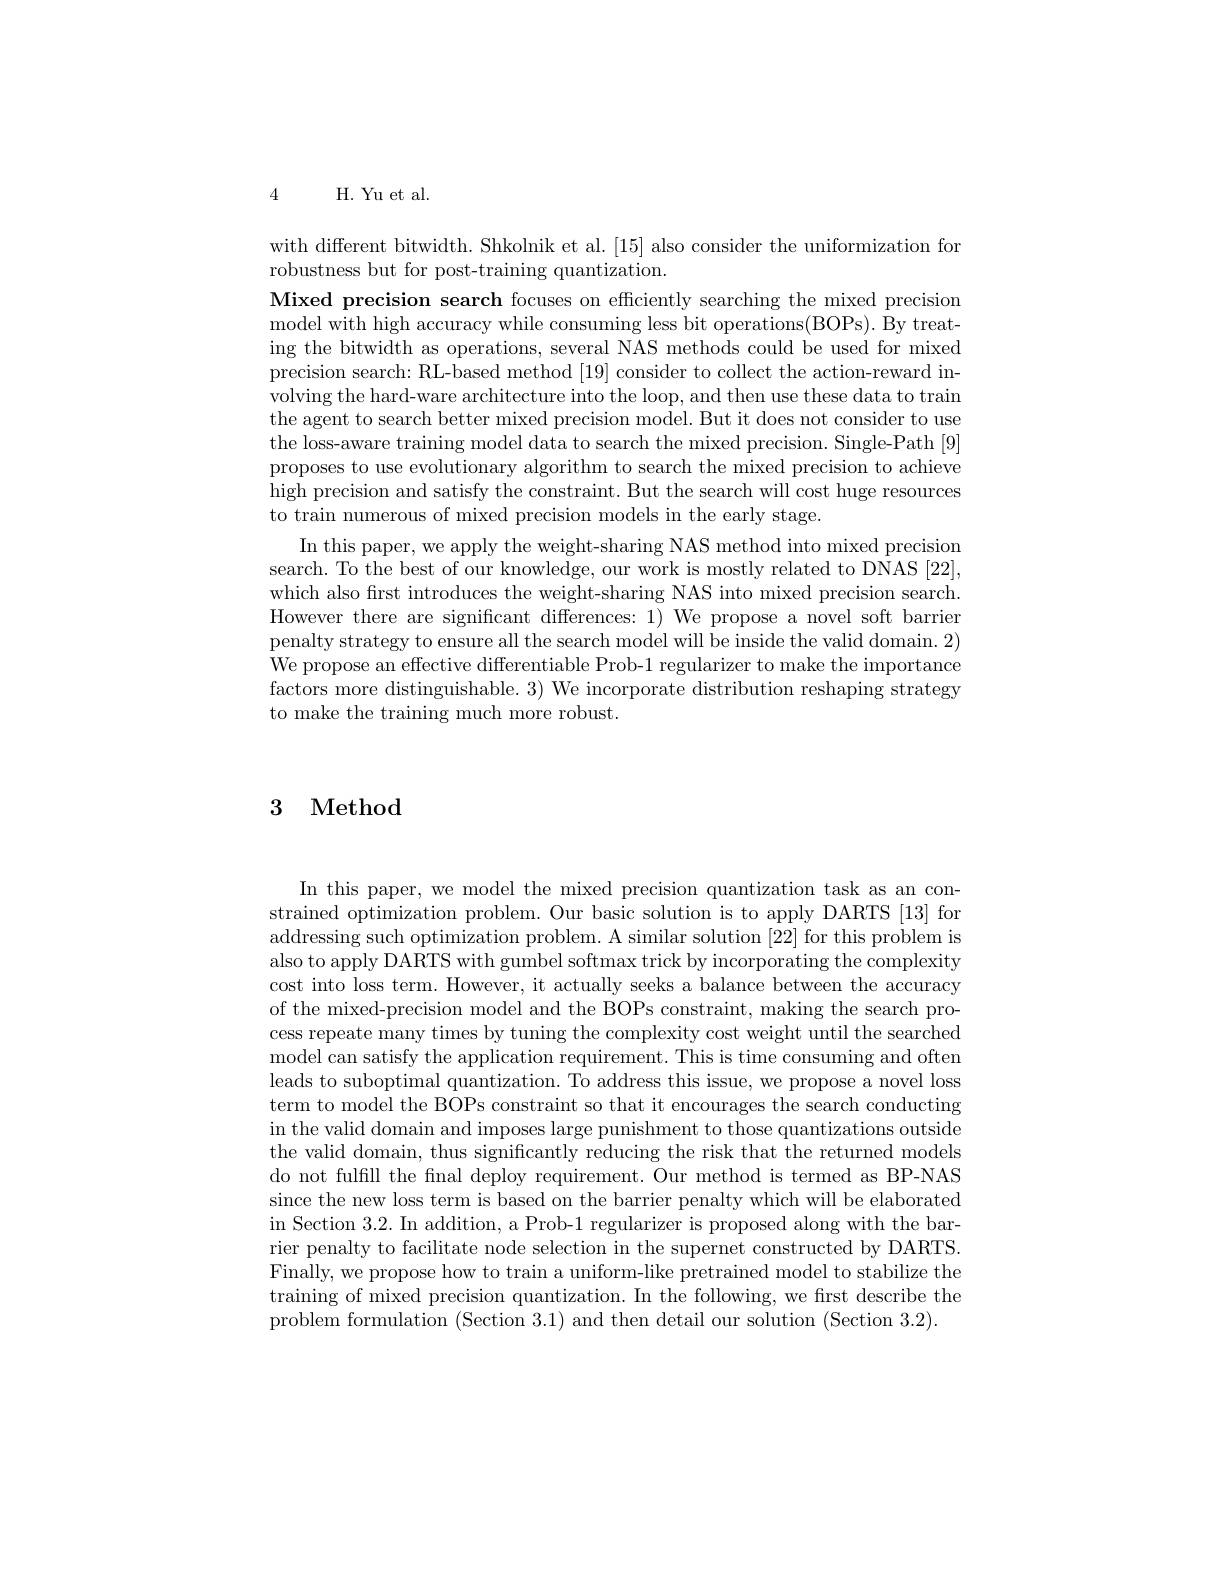
4 H. Yu et al.

with different bitwidth. Shkolnik et al. [15] also consider the uniformization for
robustness but for post-training quantization.
Mixed precision search focuses on efficiently searching the mixed precision model with high accuracy while consuming less bit operations(BOPs). By treating the bitwidth as operations, several NAS methods could be used for mixed precision search: RL-based method [19] consider to collect the action-reward involving the hard-ware architecture into the loop, and then use these data to train the agent to search better mixed precision model. But it does not consider to use the loss-aware training model data to search the mixed precision. Single-Path [9] proposes to use evolutionary algorithm to search the mixed precision to achieve high precision and satisfy the constraint. But the search will cost huge resources to train numerous of mixed precision models in the early stage.
In this paper, we apply the weight-sharing NAS method into mixed precision search. To the best of our knowledge, our work is mostly related to DNAS [22], which also frst introduces the weight-sharing NAS into mixed precision search. However there are significant differences: 1) We propose a novel soft barrier penalty strategy to ensure all the search model will be inside the valid domain. 2) We propose an effective differentiable Prob-1 regularizer to make the importance factors more distinguishable. 3) We incorporate distribution reshaping strategy to make the training much more robust.

# 3 Method

In this paper, we model the mixed precision quantization task as an constrained optimization problem. Our basic solution is to apply DARTS [13] for addressing such optimization problem. A similar solution [22] for this problem is also to apply DARTS with gumbel softmax trick by incorporating the complexity cost into loss term. However, it actually seeks a balance between the accuracy of the mixed-precision model and the BOPs constraint, making the search process repeate many times by tuning the complexity cost weight until the searched model can satisfy the application requirement. This is time consuming and often leads to suboptimal quantization. To address this issue, we propose a novel loss term to model the BOPs constraint so that it encourages the search conducting in the valid domain and imposes large punishment to those quantizations outside the valid domain, thus significantly reducing the risk that the returned models do not fulfill the final deploy requirement. Our method is termed as BP-NAS since the new loss term is based on the barrier penalty which will be elaborated in Section 3. 2. In addition, a Prob- 1 regularizer is proposed along with the bar- rier penalty to facilitate node selection in the supernet constructed by DARTS. Finally, we propose how to train a uniform-like pretrained model to stabilize the training of mixed precision quantization. In the following, we first describe the problem formulation (Section 3.1) and then detail our solution (Section 3.2).